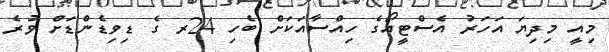
މިއީ މިދިޔަ އަހަރު އެސްޓީއޯގެ ހިއްސާއަކަށް ބެހި 24ރ ގެ ޑިވިޑެންޑަށް ވުރެ